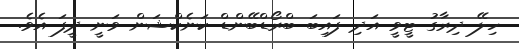
ހިލޭ ދިރާގު ޓީވީ އަދި ފައިބަ ބްރޯޑްބޭންޑް ކަނެކްޝަން ވަނީ ދީފަ އެވެ.